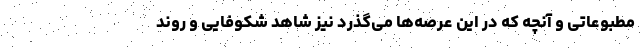
مطبوعاتی و آنچه که در این عرصه‌ها می‌گذرد نیز شاهد شکوفایی و روند